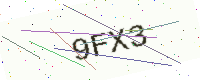
Text: 9FX3